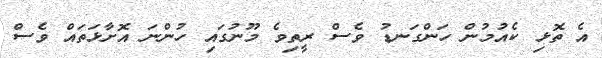
އެ ތޮޅި ކެއުމުން ހަންގަނޑު ވެސް ރީތިވެ މޫނުގައި ހުންނަ އޮށާޅަތައް ވެސް